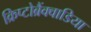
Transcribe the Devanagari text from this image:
क्रिप्टोब्रैंक्वाडिया